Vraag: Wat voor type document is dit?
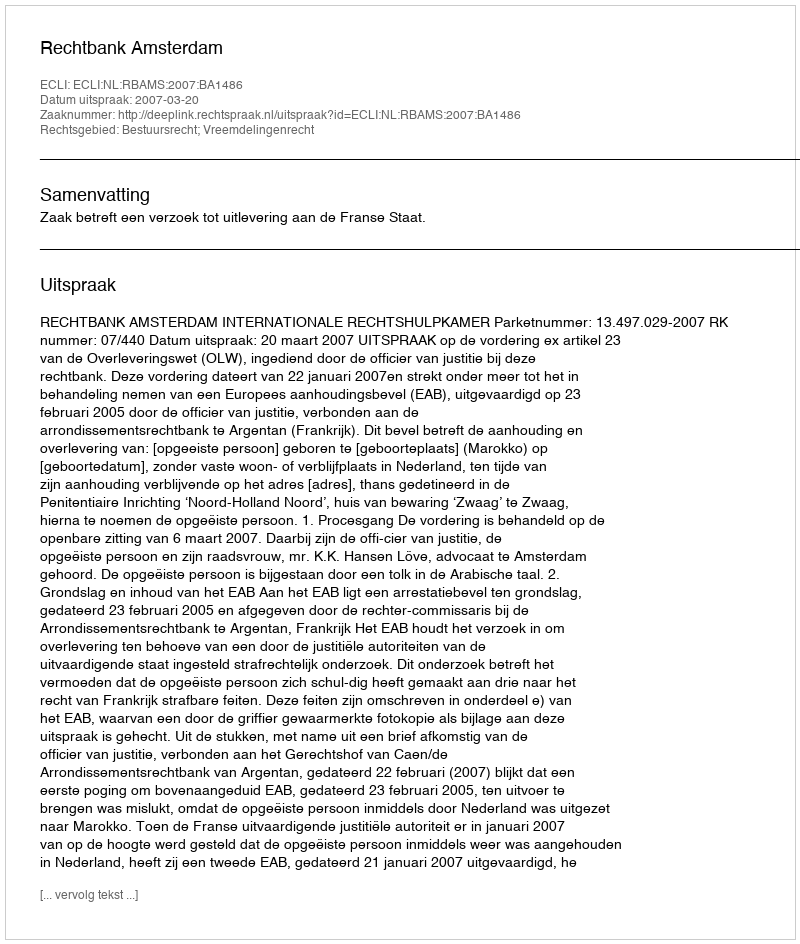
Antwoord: Uitspraak